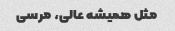
مثل همیشه عالی، مرسی